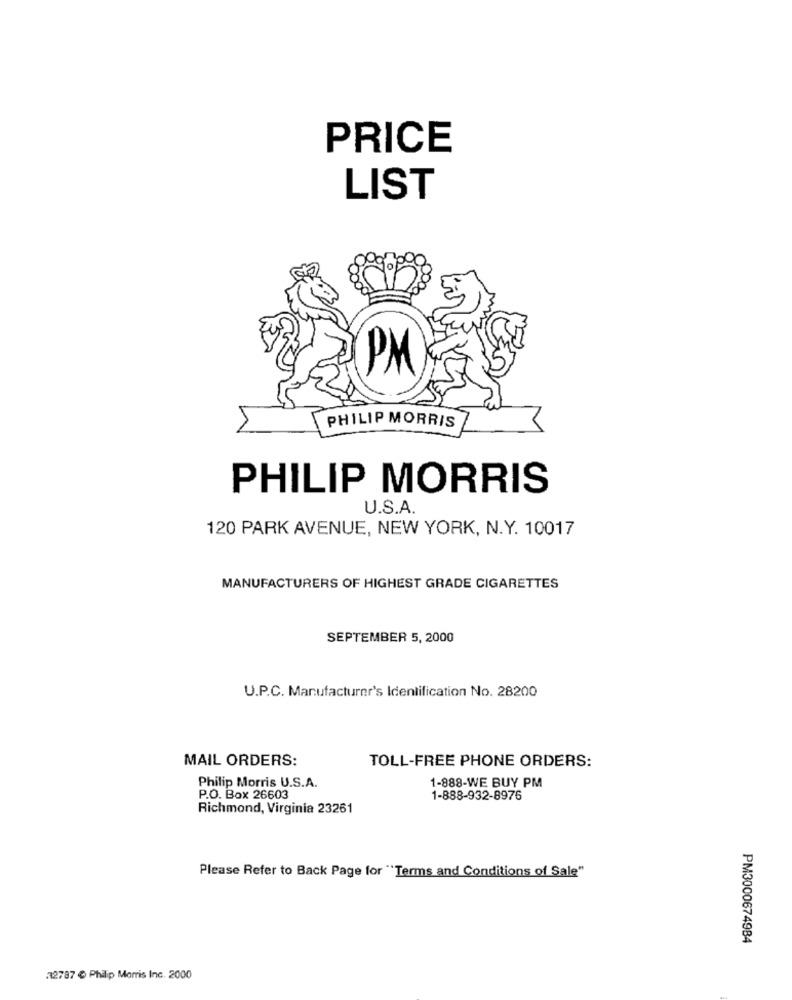
PRICE
LIST
PM
PHILIP MORRIS
PHILIP MORRIS
U.S.A.
120 PARK AVENUE, NEW YORK, N.Y. 10017
MANUFACTURERS OF HIGHEST GRADE CIGARETTES
SEPTEMBER 5, 2000
U.P.C. Manufacturer's Identification No. 28200
MAIL ORDERS:
TOLL-FREE PHONE ORDERS:
Philip Morris U.S.A.
1-888-WE BUY PM
P.O. Box 26603
1-888-932-8976
Richmond, Virginia 23261
Please Refer to Back Page for "Terms and Conditions of Sale"
PM3000674984
32787 ₺ Philip Morris Inc. 2000